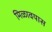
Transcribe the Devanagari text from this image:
मिळावयास